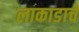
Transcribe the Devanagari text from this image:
लाकाडाचे